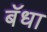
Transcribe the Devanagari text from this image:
बॅधा